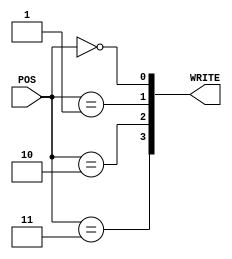
/* 
 * POS   : 
 * WRITE : 
 */
module REGWRITE_CONTROLLER(POS, WRITE);
	input  [1:0] POS;
	output [3:0] WRITE;

	wire   [3:0] WRITE;

	assign WRITE[0] = (POS[1:0] == 2'b00);
	assign WRITE[1] = (POS[1:0] == 2'b01);
	assign WRITE[2] = (POS[1:0] == 2'b10);
	assign WRITE[3] = (POS[1:0] == 2'b11);

endmodule